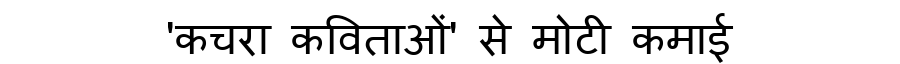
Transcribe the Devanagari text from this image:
'कचरा कविताओं' से मोटी कमाई